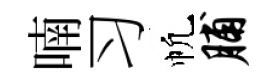
喃习帆脯